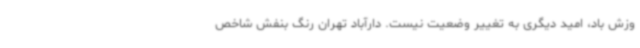
وزش باد، امید دیگری به تغییر وضعیت نیست. دارآباد تهران رنگ بنفش شاخص